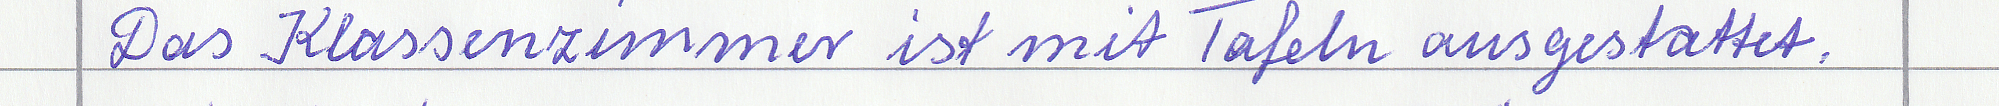
Das Klassenzimmer ist mit Tafeln ausgestattet.